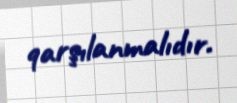
qarşılanmalıdır.